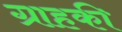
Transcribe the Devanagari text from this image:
ग्राहकी